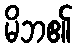
မိဘ၏